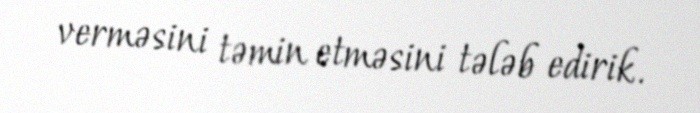
verməsini təmin etməsini tələb edirik.